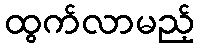
ထွက်လာမည့်